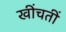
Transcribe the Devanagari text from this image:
खींचतीं